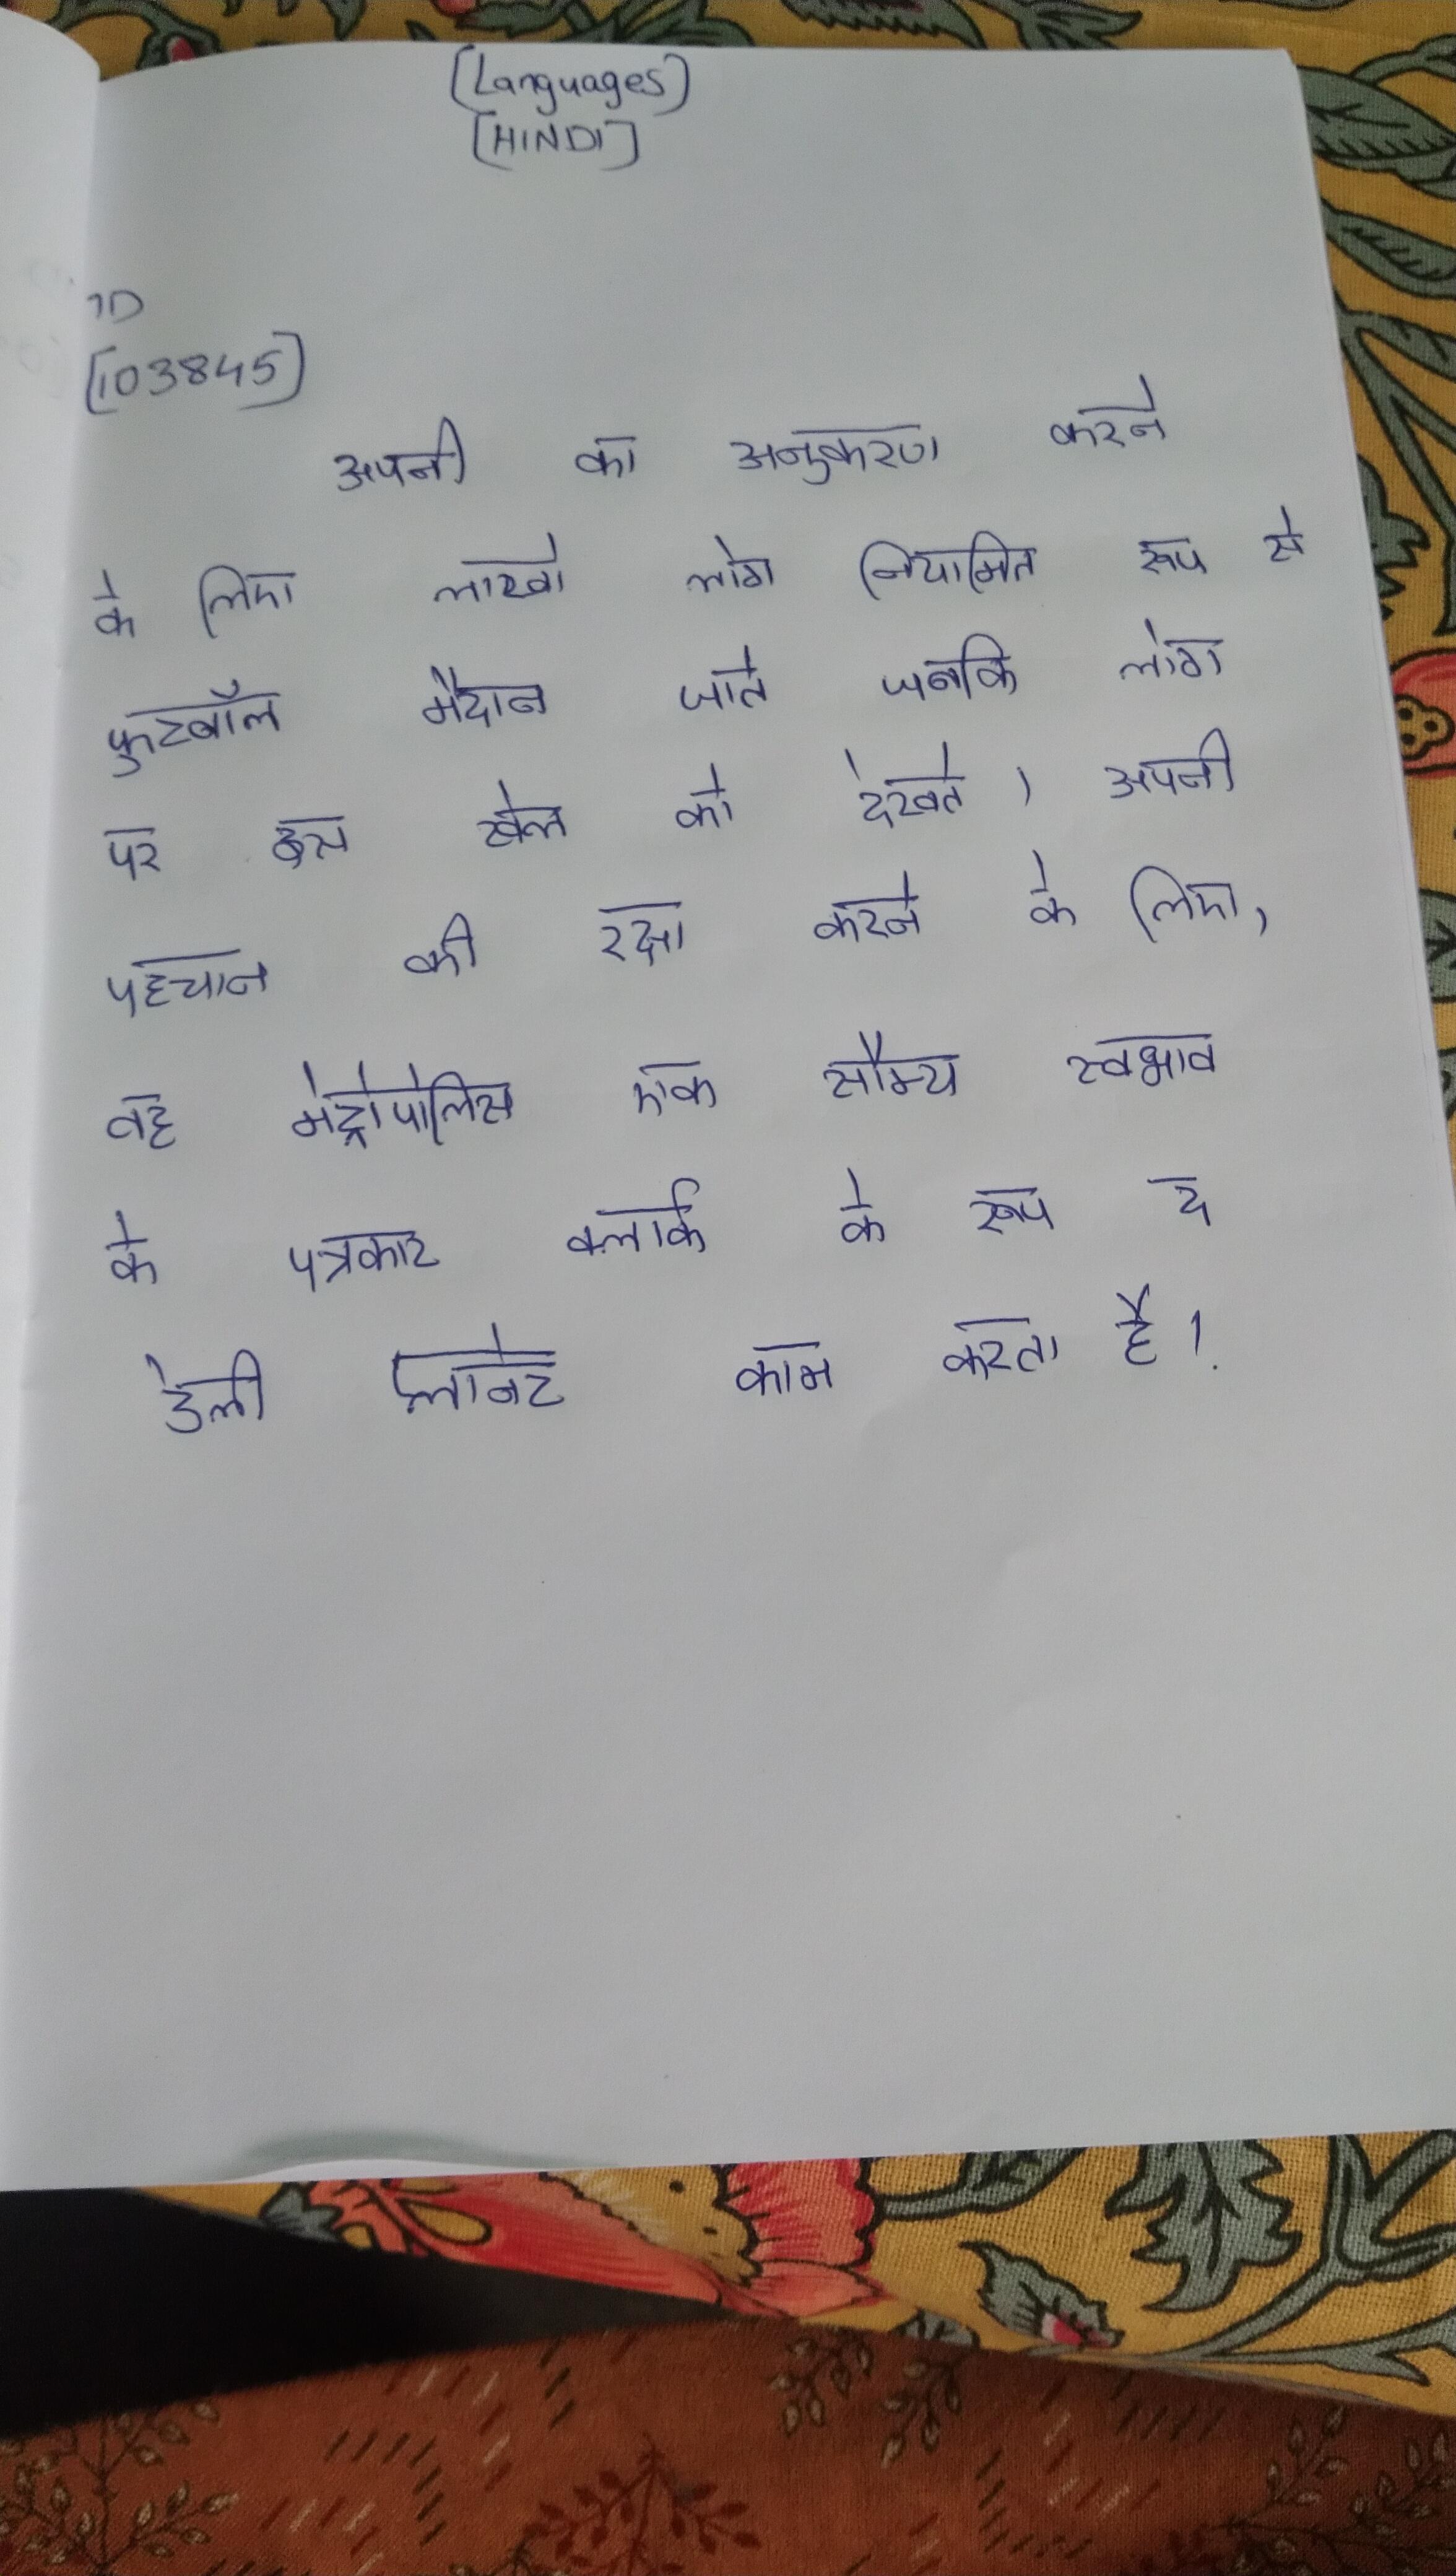
अपनी का अनुकरण करने के लिए लाखो लोग नियमित रूप से फुटबॉल मैदान जाते जबकि लोग पर इस खेल को देखते । अपनी पहचान की रक्षा करने के लिए, वह मेट्रोपोलिस एक सौम्य स्वभाव के पत्रकार क्लार्क के रूप द डेली प्लानेट काम करता है ।